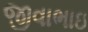
જીવાભાઇ